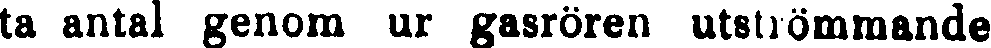
ta antal genom ur gasrören utströmmande